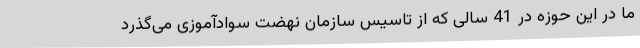
ما در این حوزه در 41 سالی که از تاسیس سازمان نهضت سوادآموزی می‌گذرد